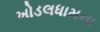
ખોડલધામના